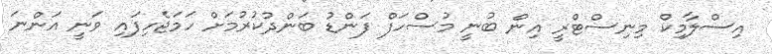
އިސްލާމިކް މިނިސްޓްރީ އިން ބުނީ މުސްހަފް ފަންޑު ބަންދުކުރުމަށް ހަމަޖެހިފައި ވަނީ އަންނަ